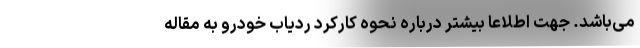
می‌باشد. جهت اطلاعا بیشتر درباره نحوه کارکرد ردیاب خودرو به مقاله